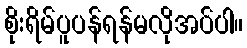
စိုးရိမ်ပူပန်ရန်မလိုအပ်ပါ။